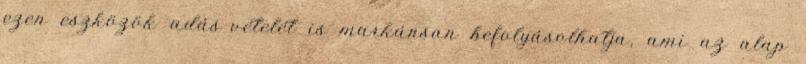
ezen eszközök adás-vételét is markánsan befolyásolhatja, ami az alap